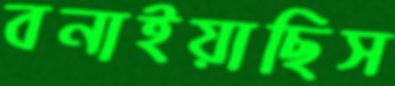
বনাইয়াছিস